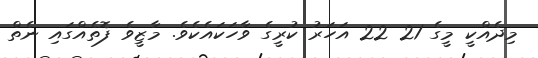
މިދެއްކީ މީގެ 21 22 އަހަރު ކުރީގެ ވާހަކައެކެވެ. މާޒީވެ ފޮތެއްގައި ނެތް